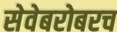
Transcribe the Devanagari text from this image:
सेवेबरोबरच